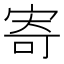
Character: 寄